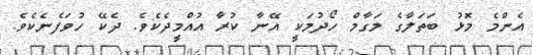
އެންމެ މޮޅު ބަތަލާގެ މަގާމް ހޯދުމަކީ އޭނާ ކުރާ އުއްމީދެކެވެ. ދެކޭ ހުވަފެނެކެވެ.